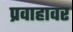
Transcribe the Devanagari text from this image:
प्रवाहावर